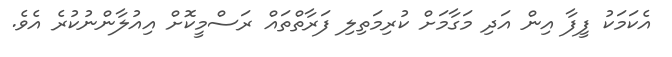
އެކަމަކު ފީފާ އިން އަދި މަގާމަށް ކުރިމަތިލި ފަރާތްތައް ރަސްމީކޮށް އިއުލާންނުކުރެ އެވެ.